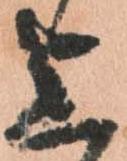
上